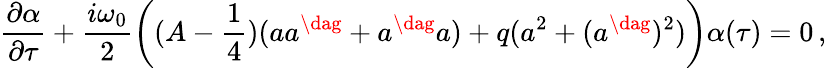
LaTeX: \frac{\partial\alpha}{\partial\tau}+\frac{i\omega_{0}}2\left((A-\frac 14)(aa^{\dag}+a^{\dag}a)+q(a^{2}+(a^{\dag})^{2})\right)\alpha(\tau)=0\, ,